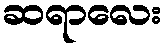
ဆရာလေး